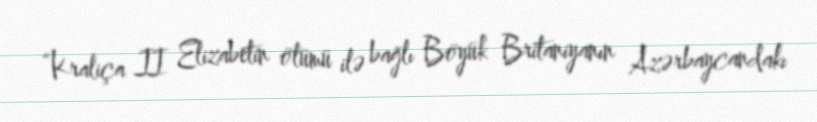
“Kraliça II Elizabetin ölümü ilə bağlı Böyük Britaniyanın Azərbaycandakı